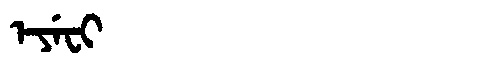
Manchu: ᡝᠶᡝᠸᡳ
Romanization: EYEFI